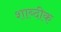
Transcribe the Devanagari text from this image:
शाब्दीक